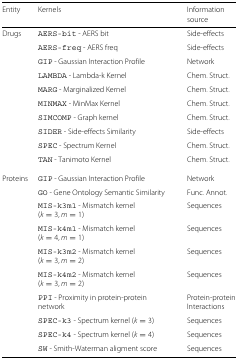
<table><thead><tr><td><b>Entity</b></td><td><b>Kernels</b></td><td><b>Information</b></td></tr><tr><td></td><td></td><td><b>source</b></td></tr></thead><tbody><tr><td>Drugs</td><td>AERS-bit - AERS bit</td><td>Side-effects</td></tr><tr><td></td><td>AERS-freq - AERS freq</td><td>Side-effects</td></tr><tr><td></td><td>GIP - Gaussian Interaction Profile</td><td>Network</td></tr><tr><td></td><td>LAMBDA - Lambda-k Kernel</td><td>Chem. Struct.</td></tr><tr><td></td><td>MARG - Marginalized Kernel</td><td>Chem. Struct.</td></tr><tr><td></td><td>MINMAX - MinMax Kernel</td><td>Chem. Struct.</td></tr><tr><td></td><td>SIMCOMP - Graph kernel</td><td>Chem. Struct.</td></tr><tr><td></td><td>SIDER - Side-effects Similarity</td><td>Side-effects</td></tr><tr><td></td><td>SPEC - Spectrum Kernel</td><td>Chem. Struct.</td></tr><tr><td></td><td>TAN - Tanimoto Kernel</td><td>Chem. Struct.</td></tr><tr><td>Proteins</td><td>GIP - Gaussian Interaction Profile</td><td>Network</td></tr><tr><td></td><td>GO - Gene Ontology Semantic Similarity</td><td>Func. Annot.</td></tr><tr><td></td><td>MIS-k3m1 - Mismatch kernel (<i>k</i>=3,<i>m</i>=1)</td><td>Sequences</td></tr><tr><td></td><td>MIS-k4m1 - Mismatch kernel (<i>k</i>=4,<i>m</i>=1)</td><td>Sequences</td></tr><tr><td></td><td>MIS-k3m2 - Mismatch kernel (<i>k</i>=3,<i>m</i>=2)</td><td>Sequences</td></tr><tr><td></td><td>MIS-k4m2 - Mismatch kernel (<i>k</i>=3,<i>m</i>=2)</td><td>Sequences</td></tr><tr><td></td><td>PPI - Proximity in protein-protein network</td><td>Protein-protein Interactions</td></tr><tr><td></td><td>SPEC-k3 - Spectrum kernel (<i>k</i>=3)</td><td>Sequences</td></tr><tr><td></td><td>SPEC-k4 - Spectrum kernel (<i>k</i>=4)</td><td>Sequences</td></tr><tr><td></td><td>SW - Smith-Waterman aligment score</td><td>Sequences</td></tr></tbody></table>